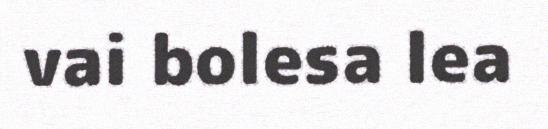
vai bolesa lea